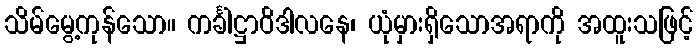
သိမ်မွေ့ကုန်သော။ ကင်္ခါဋ္ဌာဝိဒါလနေ၊ ယုံမှားရှိသောအရာကို အထူးသဖြင့်